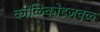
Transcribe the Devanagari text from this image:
कोळिकोडजवळ